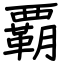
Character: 覇